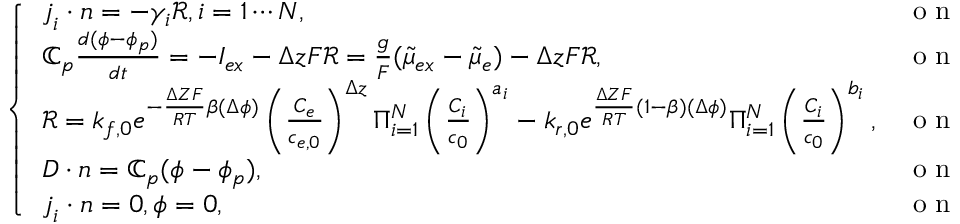
\left\{ \begin{array} { l l } { \boldsymbol { j } _ { i } \cdot \boldsymbol { n } = - \gamma _ { i } \mathcal { R } , i = 1 \cdots N , } & { \mathrm { ~ o ~ n ~ ~ ~ } \Gamma , } \\ { \mathbb { C } _ { p } \frac { d ( \phi - \phi _ { p } ) } { d t } = - I _ { e x } - \Delta z F \mathcal { R } = \frac { g } { F } ( \tilde { \mu } _ { e x } - \tilde { \mu } _ { e } ) - \Delta z F \mathcal { R } , } & { \mathrm { ~ o ~ n ~ ~ ~ } \Gamma } \\ { \mathcal { R } = k _ { f , 0 } e ^ { - \frac { \Delta Z F } { R T } \beta ( \Delta \phi ) } \left( \frac { C _ { e } } { c _ { e , 0 } } \right) ^ { \Delta z } \Pi _ { i = 1 } ^ { N } \left( \frac { C _ { i } } { c _ { 0 } } \right) ^ { a _ { i } } - k _ { r , 0 } e ^ { \frac { \Delta Z F } { R T } ( 1 - \beta ) ( \Delta \phi ) } \Pi _ { i = 1 } ^ { N } \left( \frac { C _ { i } } { c _ { 0 } } \right) ^ { b _ { i } } , } & { \mathrm { ~ o ~ n ~ ~ ~ } \Gamma } \\ { \boldsymbol { D } \cdot \boldsymbol { n } = \mathbb { C } _ { p } ( \phi - \phi _ { p } ) , } & { \mathrm { ~ o ~ n ~ ~ ~ } \Gamma } \\ { \boldsymbol { j } _ { i } \cdot \boldsymbol { n } = 0 , \phi = 0 , } & { \mathrm { ~ o ~ n ~ ~ ~ } \partial \Omega / \Gamma . } \end{array} \right.